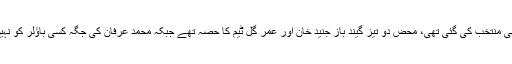
پاکستان کی جانب سے ٹیم بھی انوکھی منتخب کی گئی تھی، محض دو تیز گیند باز جنید خان اور عمر گل ٹیم کا حصہ تھے جبکہ محمد عرفان کی جگہ کسی باؤلر کو نہیں بلکہ شعیب ملک کو جگہ دی گئی۔